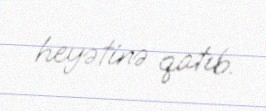
heyətinə qatıb.